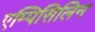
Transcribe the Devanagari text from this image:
एम्पिसिलिन